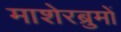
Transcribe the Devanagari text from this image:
माशेरब्रुमों